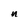
Character: n